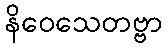
နိဝေသေတဗ္ဗာ